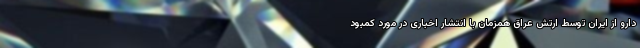
دارو از ایران توسط ارتش عراق همزمان با انتشار اخباری در مورد کمبود